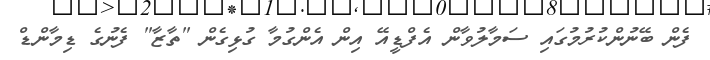
ފެން ބޭނުންކުރުމުގައި ސަމާލުވާން އެފްޑީއޭ އިން އެންގުމާ ގުޅިގެން "ތާޒާ" ފެނުގެ ޑިމާންޑް